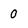
Character: 0